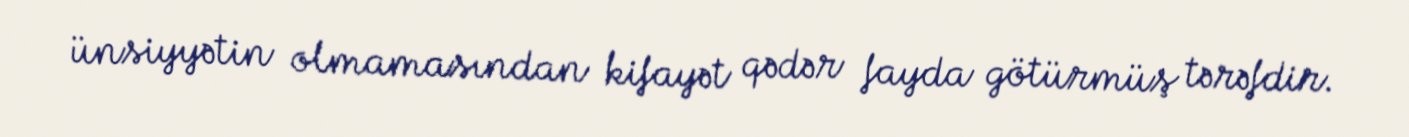
ünsiyyətin olmamasından kifayət qədər fayda götürmüş tərəfdir.